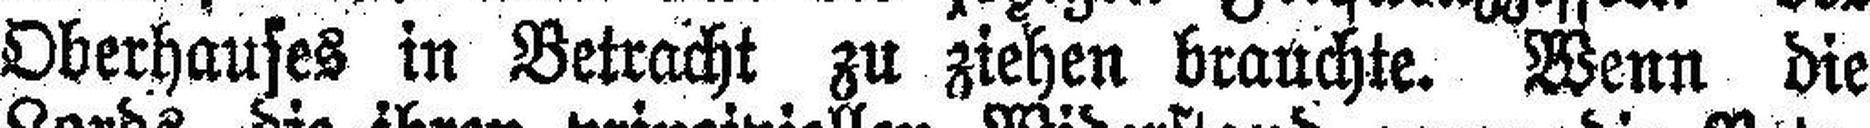
Oberhauses in Betracht zu ziehen brauchte. Wenn die